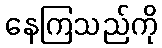
နေကြသည်ကို